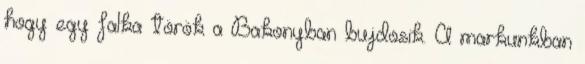
hogy egy falka török a Bakonyban bujdosik. A markunkban